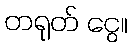
တရုတ် ငွေ။